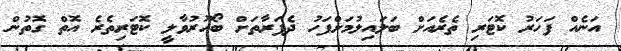
އަނެއް ފަހަރު ކޮޓަރި ތެރެއަށް ބަލައިލުމަށްފަހު ދެފަރާތަށް ބޯހޫރުވާލީ ކޮޓަރިތެރެ އޮތް ގޮތުން